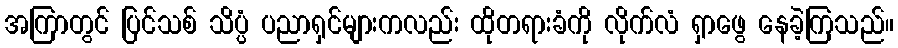
အကြာတွင် ပြင်သစ် သိပ္ပံ ပညာရှင်များကလည်း ထိုတရားခံကို လိုက်လံ ရှာဖွေ နေခဲ့ကြသည်။